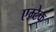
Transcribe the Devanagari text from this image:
एम्टेक